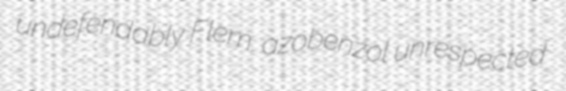
undefendably Flem. azobenzol unrespected